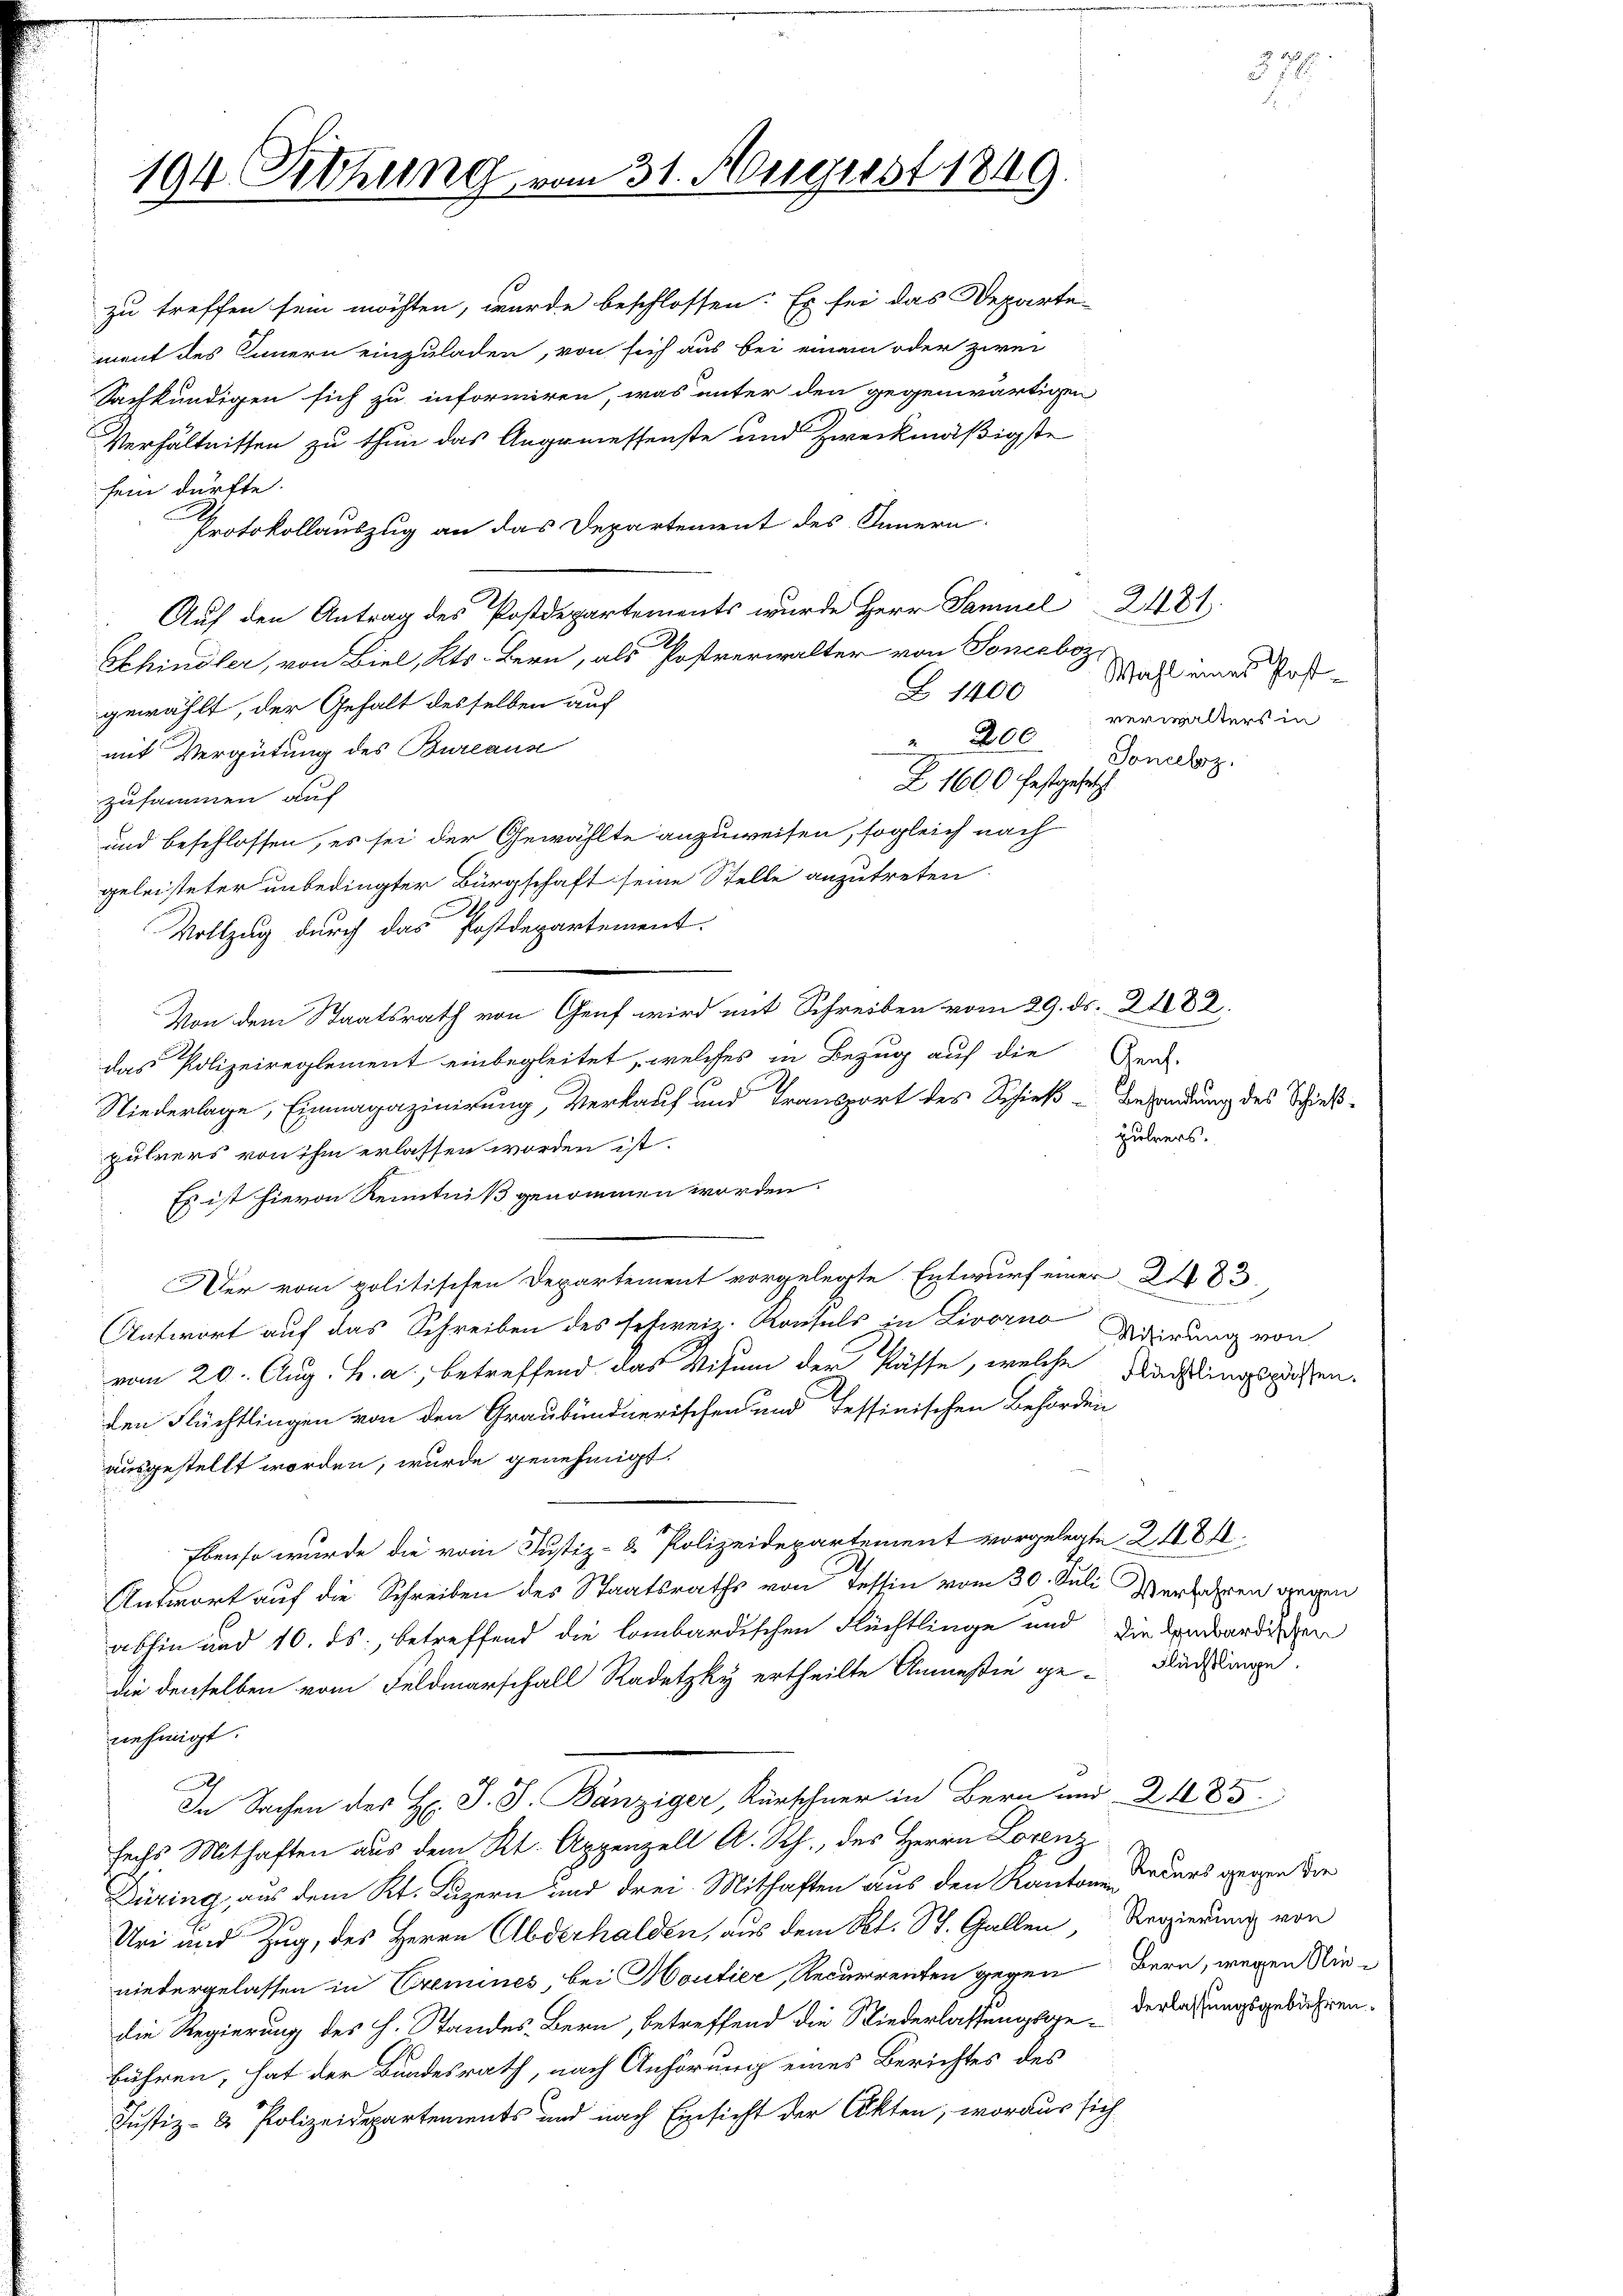
194 Rthung vom 31. August 1849.

zu treffen sein möchten, wurde beschlossen: Es sei das Departe-
ment des Innern einzuladen, von sich aus bei einem oder zwei
Sachkundigen sich zu informiren, was unter den gegenwärtigen
Verhältnissen zu thun das Angemessenste und Zweckmäßigste
sein dürfte.
Protokollauszug an das Departement des Innern
Auf den Antrag des Postdepartements wurde Herr Samuel 2481.
Schindler, von Biel, Kts. Bern, als Postverwalter von Soncaboz
Z 1400
gewählt, der Gehalt desselben auf
200
mit Vergütung des Bureaus
Z 1600 festgesetzt
zusammen auf
und beschlossen, es sei der Gewählte anzuweisen, sogleich nach
geleisteter unbedingter Bürgschaft seine Stelle anzutreten.
Vollzug durch das Postdepartement.
Von dem Staatsrath von Genf wird mit Schreiben vom 29. ds. 21082.
das Polizeireglement einbegleitet, welches in Bezug auf die
Niederlage, Einmagazinirung, Verkauf und Transport des Schieß-Besandung des Schießpulvers von ihm erlassen worden ist.
Es ist hievon Kenntniß genommen worden.
Der vom politischen Departement vorgelegte Entwurf einer 283.
Antwort auf das Schreiben des schweiz. Konsuls in Livorno Bedierung von
vom 20. Aug. B. a., betreffend das Visum der Klasse, welche Nachtungspassen.
den Flüchtlingen von den Graubündnerischen und Tessinischen Behörden
ausgestellt worden, wurde genehmigt.
Ebenso wurde die vom Justiz- & Polizeidepartement vorgelegte 21184.
Antwort auf die Schreiben des Staatsraths von Tessin vom 30. Juli
Verfahren gegen
abhin und 10. ds., betreffend die lombardischen Flüchtlinge und die Anardischen
die denselben vom Feldmarschall Radetzky ertheilte Anmeßin ge-Flüchtige
nehmigt.
Ah
In Sachen des H. J. J. Bänziger, Kürschner in Bern und 2185
sechs Mithaften aus dem Kt. Appenzell A. Rh., des Herrn Lorenz
Düring, aus dem Kt. Luzern und drei Mithaften aus den Kantonen Recurs gegen die
Uri und Zug, des Herrn Abderhalden, aus dem Kt. St. Gallen, Regierung von
niedergelassen in Cremines, bei Houtier, Recurrenten gegen Bern, wegen Niedie Regierung des h. Standes Bern, betreffend die Niederlassungsge-Verlassungsgebühren.
bühren, hat der Bundesrath, nach Anhörung eines Berichtes des
Justiz- & Polizeidepartements und nach Einsicht der Akten, woraus sich

Wahl eines Postverwalters in
Soncelsz.

Genf.
pulvers.